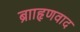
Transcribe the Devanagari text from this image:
ब्रााहृणवाद